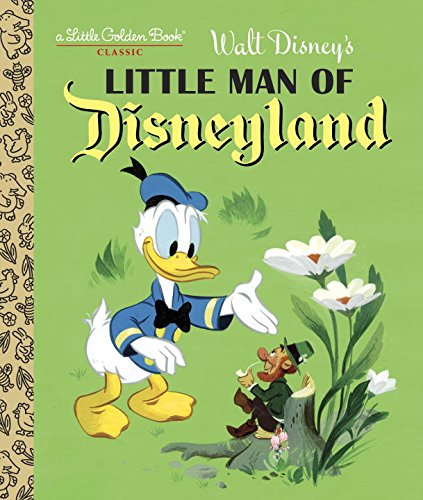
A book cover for Little Man of Disneyland (Disney Classic) (Little Golden Book); RH Disney; Children's Books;